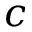
c